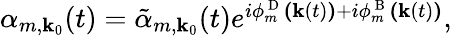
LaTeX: \begin{array}{r}{\alpha_{m,\textbf{k}_{0}}(t)=\tilde{\alpha}_{m,\textbf{k}_{0}}(t)e^{i\phi_{m}^{\mathrm{~D~}}\textbf{(}\textbf{k}(t)\textbf{)}+i\phi_{m}^{\mathrm{~B~}}\textbf{(}\textbf{k}(t)\textbf{)}},}\end{array}